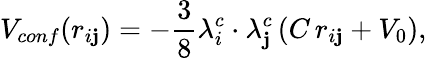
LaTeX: V_{conf}(r_{i\mathbf{j}})=-\frac{{3}}{{8}}\lambda_{i}^{c}\cdot\lambda_{\mathbf{j}}^{c}\left(C\, r_{i\mathbf{j}}+V_{0}\right),